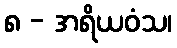
၈ - အရိယဝံသ၊